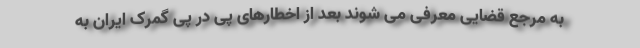
به مرجع قضایی معرفی می شوند بعد از اخطارهای پی در پی گمرک ایران به